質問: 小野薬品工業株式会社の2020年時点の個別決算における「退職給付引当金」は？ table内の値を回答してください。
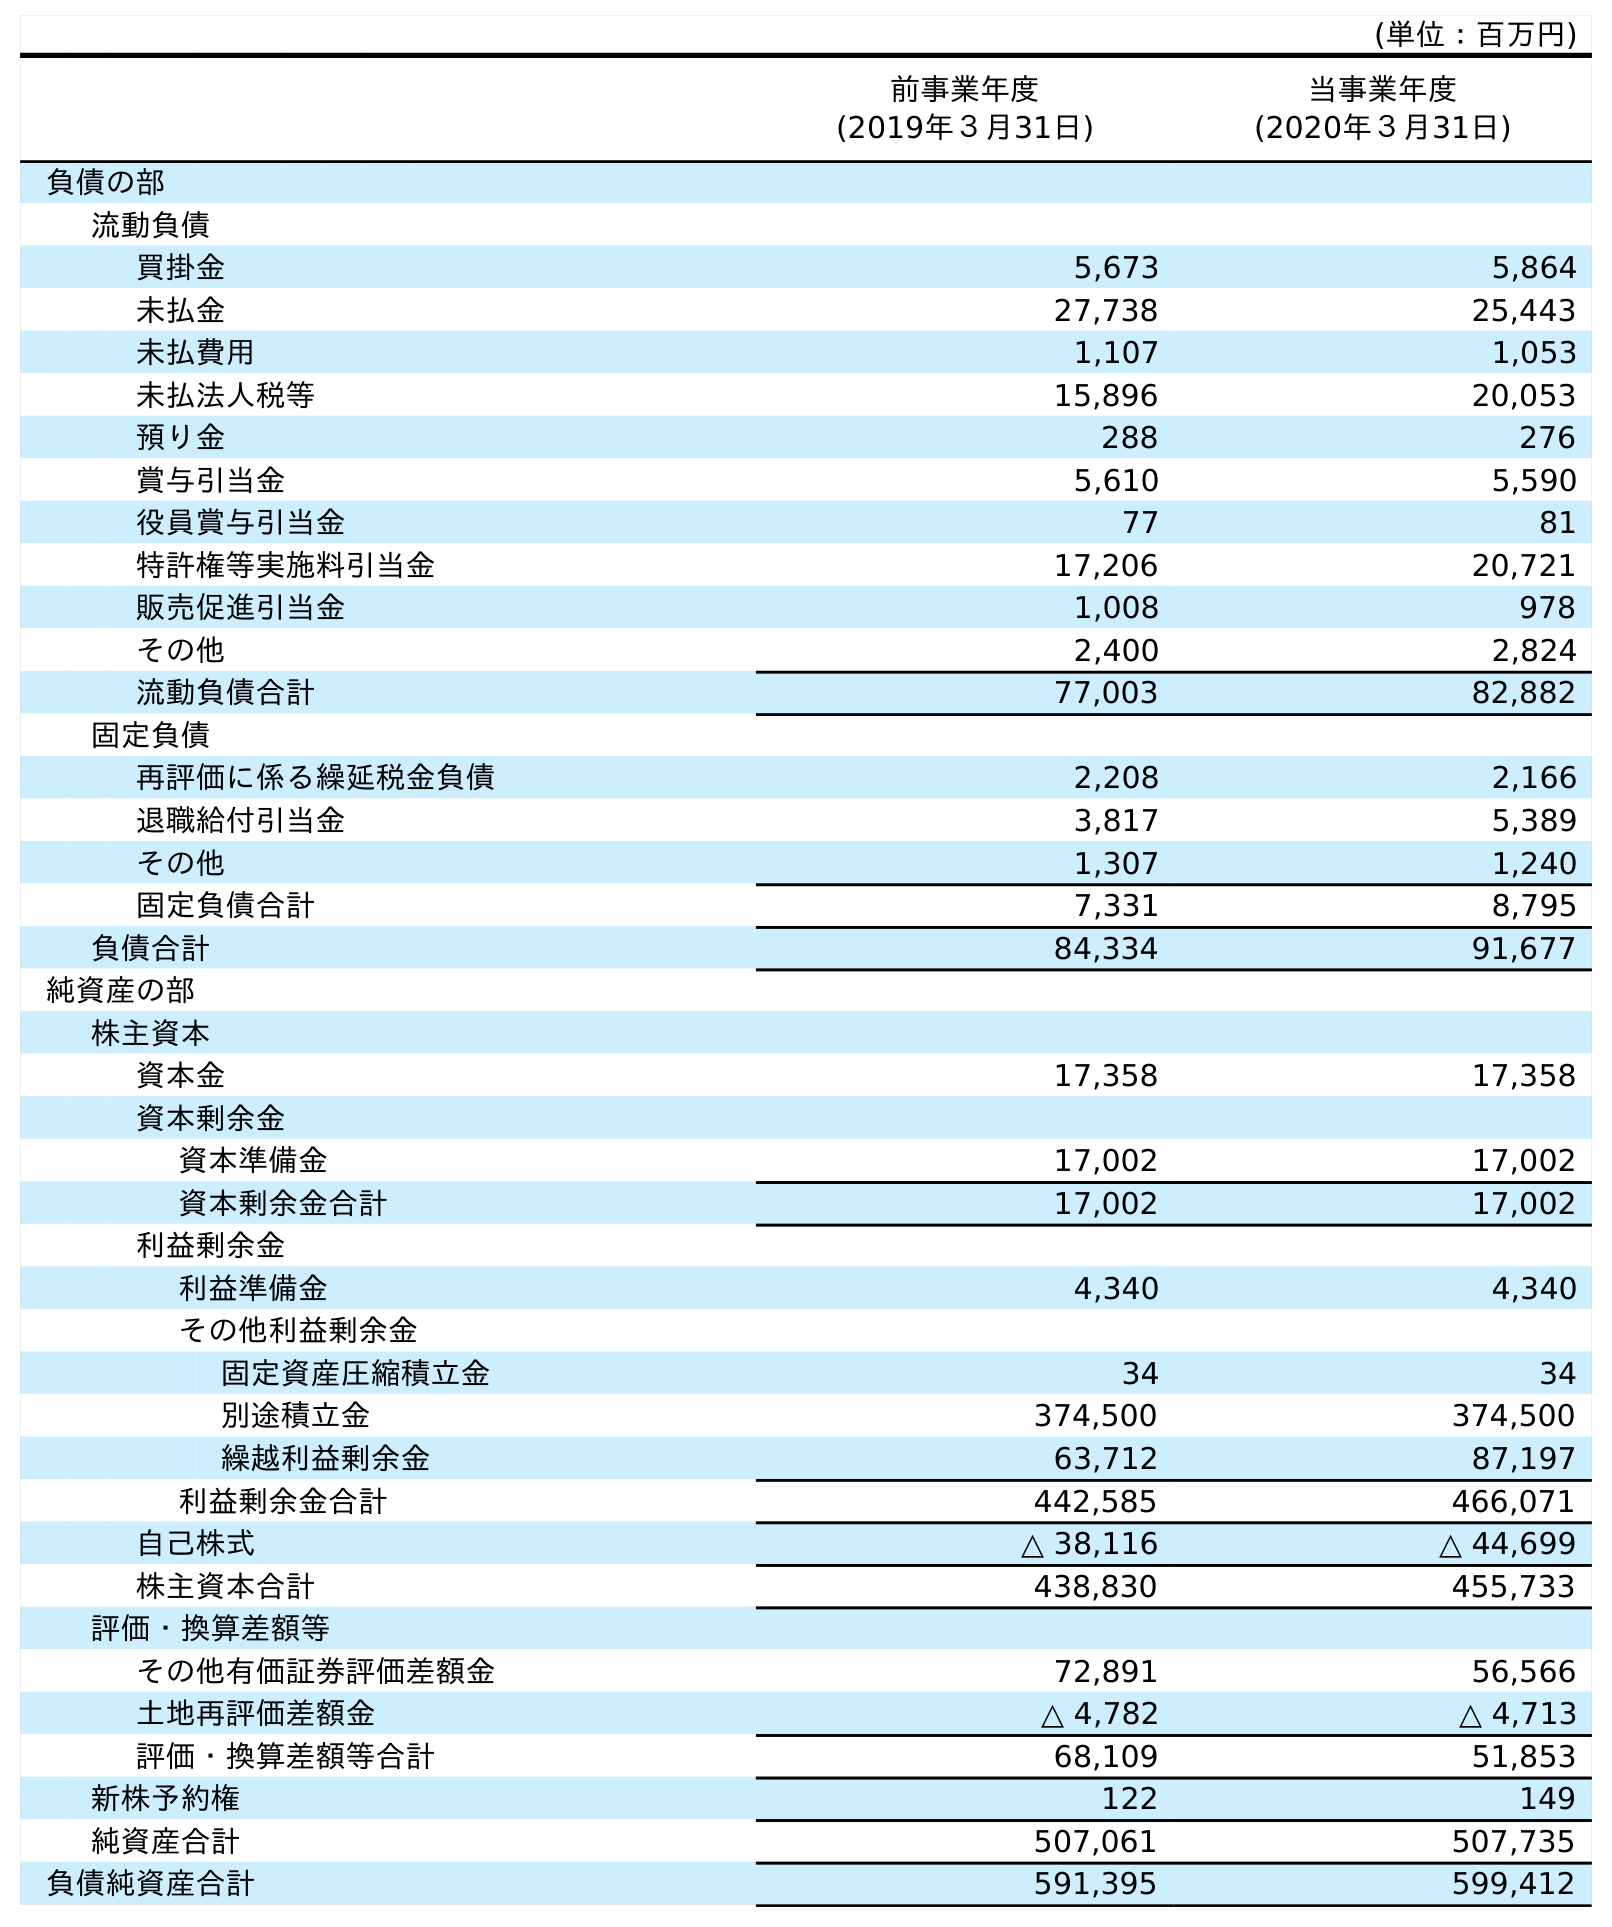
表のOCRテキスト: (単位：百万円) 前事業年度 (2019年３月31日) 当事業年度 (2020年３月31日) 負債の部 流動負債 買掛金 5,673 5,864 未払金 27,738 25,443 未払費用 1,107 1,053 未払法人税等 15,896 20,053 預り金 288 276 賞与引当金 5,610 5,590 役員賞与引当金 77 81 特許権等実施料引当金 17,206 20,721 販売促進引当金 1,008 978 その他 2,400 2,824 流動負債合計 77,003 82,882 固定負債 再評価に係る繰延税金負債 2,208 2,166 退職給付引当金 3,817 5,389 その他 1,307 1,240 固定負債合計 7,331 8,795 負債合計 84,334 91,677 純資産の部 株主資本 資本金 17,358 17,358 資本剰余金 資本準備金 17,002 17,002 資本剰余金合計 17,002 17,002 利益剰余金 利益準備金 4,340 4,340 その他利益剰余金 固定資産圧縮積立金 34 34 別途積立金 374,500 374,500 繰越利益剰余金 63,712 87,197 利益剰余金合計 442,585 466,071 自己株式 △ 38,116 △ 44,699 株主資本合計 438,830 455,733 評価・換算差額等 その他有価証券評価差額金 72,891 56,566 土地再評価差額金 △ 4,782 △ 4,713 評価・換算差額等合計 68,109 51,853 新株予約権 122 149 純資産合計 507,061 507,735 負債純資産合計 591,395 599,412
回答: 5,389